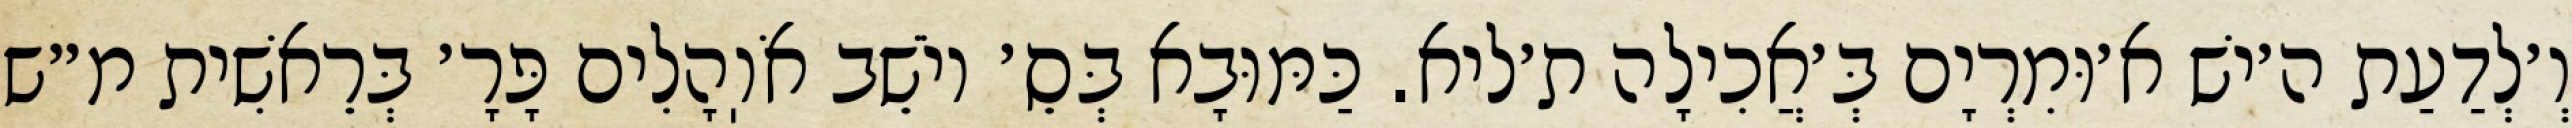
וְ׳לְדַעַת ה׳ישׁ א׳וּמִרְיָם בְּ׳אֲכִילָה ת׳ליא. כַּמּוּבָא בְּסֵ׳ יוֹשֵׁב אֹוֽהָלִים פָּרָ׳ בְּרֵאשִׁית מ״ש